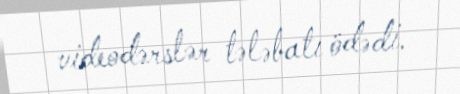
videodərslər tələbatı ödədi.